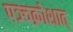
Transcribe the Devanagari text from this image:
पञ्चक्रोशात्